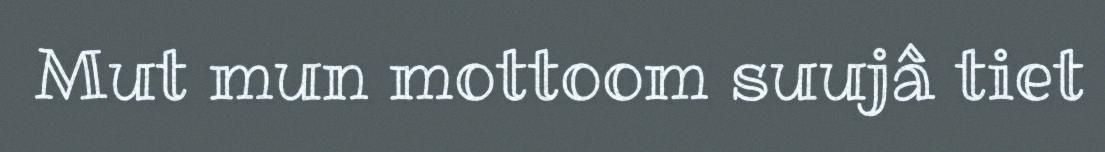
Mut mun mottoom suujâ tiet